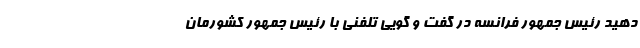
دهید رئیس جمهور فرانسه در گفت و گویی تلفنی با رئیس جمهور کشورمان